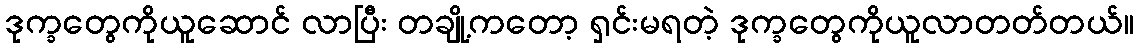
ဒုက္ခတွေကိုယူဆောင် လာပြီး တချို့ကတော့ ရှင်းမရတဲ့ ဒုက္ခတွေကိုယူလာတတ်တယ်။